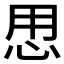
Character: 𱞍